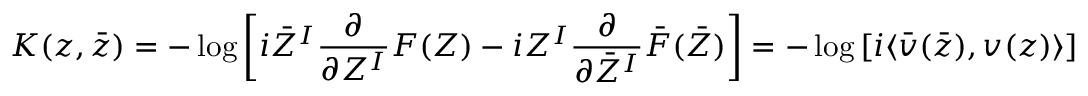
K ( z , \bar { z } ) = - \log \left[ i \bar { Z } ^ { I } \frac { \partial } { \partial Z ^ { I } } F ( Z ) - i Z ^ { I } \frac { \partial } { \partial \bar { Z } ^ { I } } \bar { F } ( \bar { Z } ) \right] = - \log \left[ i \langle \bar { v } ( \bar { z } ) , v ( z ) \rangle \right] \ .